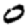
Digit: 0